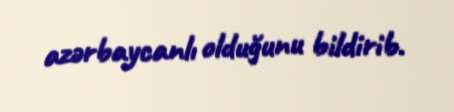
azərbaycanlı olduğunu bildirib.